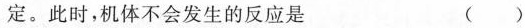
定。此时，机体不会发生的反应是 ( )